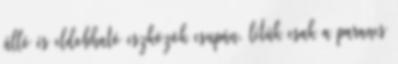
álló és eldobható eszközök csupán, létük csak a parancs